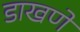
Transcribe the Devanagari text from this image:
डाखणे